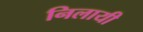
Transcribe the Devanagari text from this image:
निलायी